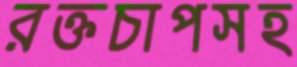
রক্তচাপসহ